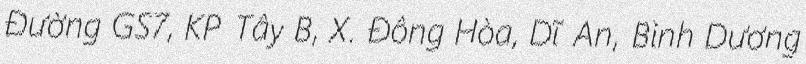
Đường GS7, KP Tây B, X. Đông Hòa, Dĩ An, Bình Dương